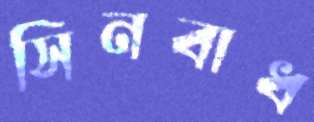
সিনবাধ